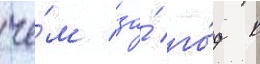
че́м за́ го́д к